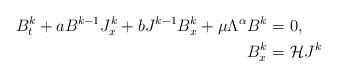
LaTeX: \begin{align*}B^{k}_t+aB^{k-1} J_x^{k}+bJ^{k-1}B_x^{k}+\mu \Lambda^\alpha B^{k}=&\ 0,\\B_x^k=&\ \mathcal H J^k\end{align*}